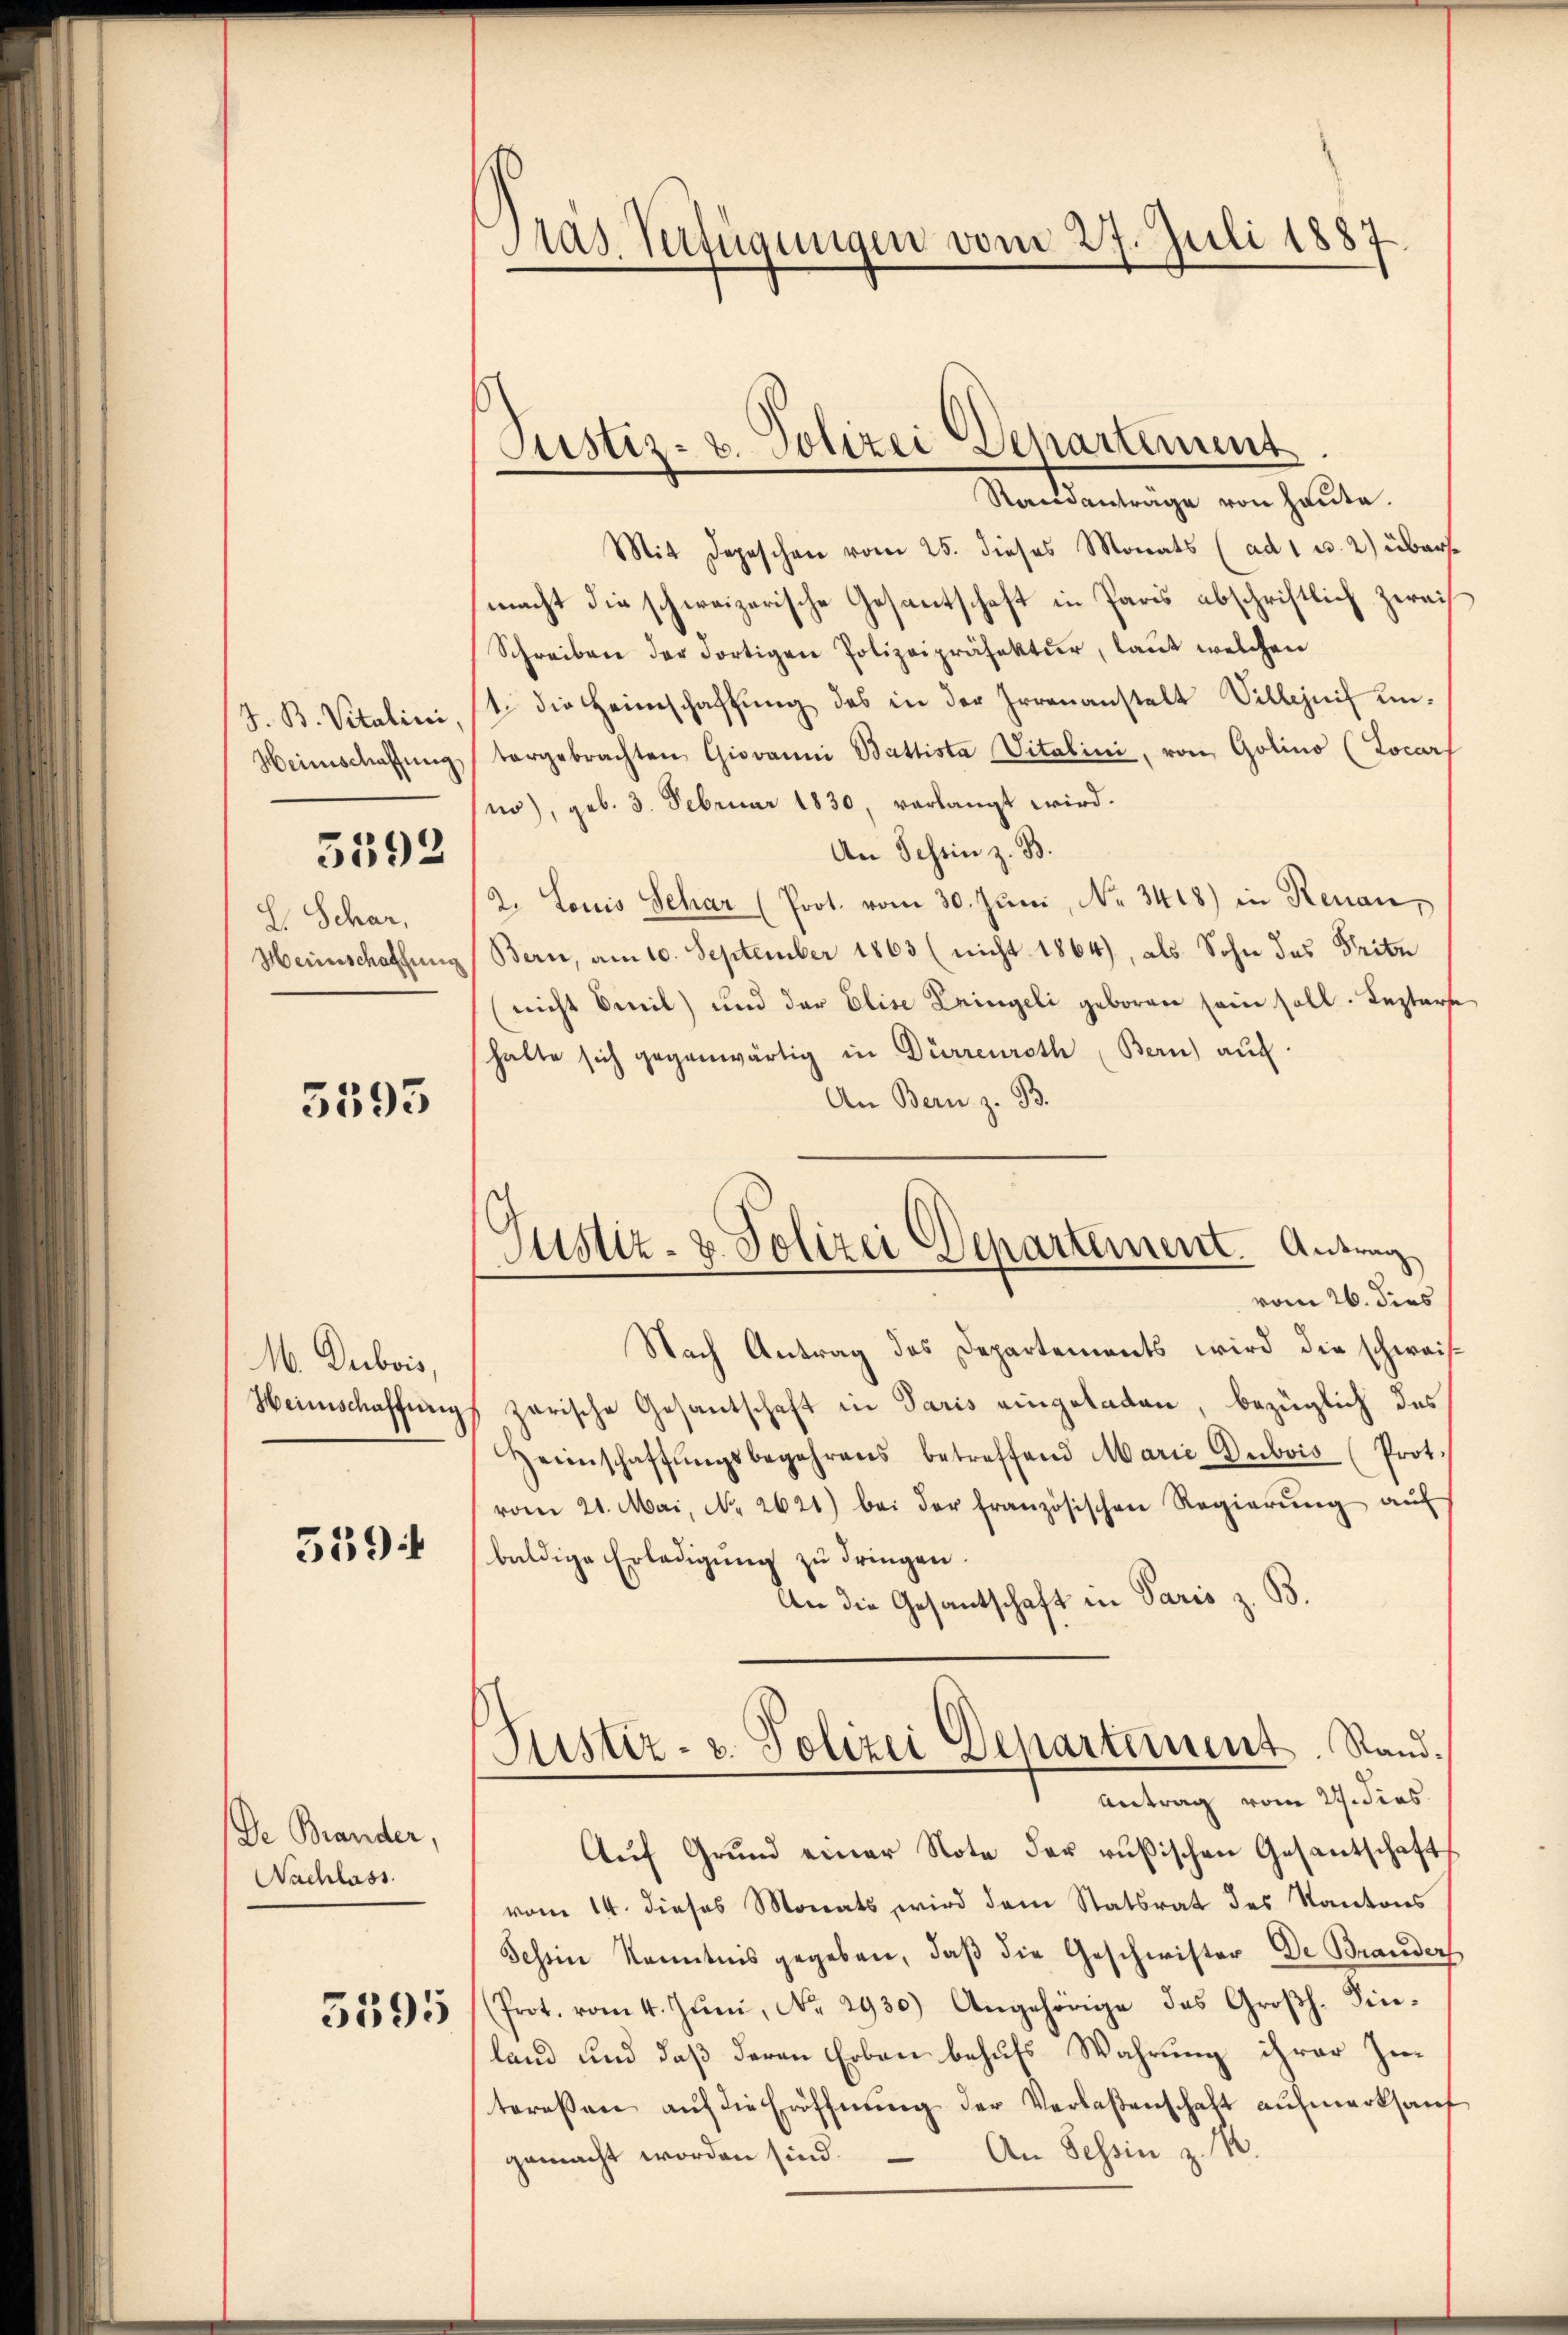
J. B. Vitalini,
Heimschaffung.

5392

S. Schar,
Heinschaffung

5395

M. Dubois,
Heimschaffung

539

De Brander,
Nachlass

5595

Pras Verfügungen vom 27. Juli 1887

Justiz- u. Polizei Separtement.

Standanträge von heute.
Mit Depeschen vom 25. dieses Monats (ad 1 u. 2) überse
macht die schweizerische Gesantschaft in Paris abschriftlich zwaih
Schreiben der dortigen Polizeipräsektŭr, laut welchen
1. die Heimschaffŭng des in der Irrenanstalt Villezŭf ŭn-
tergebrachten Giovanni Battista Vitalini, von Golino (Locar
no), geb. 3. Februar 1830, verlangt wird.
An Schein z. B.
2. Louis Schar (Prot. vom 30. Juni, No. 3418) in Renau,
Bern, am 10. September 1863 (nicht 1864), als Sohn das Tritu
nicht Emil) und der Elise Kringeli geboren sein soll. Leztere
halte sich gegenwärtig in Dürrenroth (Bern) auf
An Bern z. B.
Nach Antrag des Departements wird die schweiszarische Gesantschaft in Paris eingetaten, bezüglich des
Heimschaffŭngsbegehrens betreffend Marie Dubois (Prot.
vom 21. Mai, No. 2621) bei der französischen Regierŭng aŭf
baldige Erledigung zu dringen.
An die Gesantschaft in Paris z. B.
Justiz- u. Polizei Departement. Stand¬
Antrag vom 24. dies
Aŭf Grund einer Note der russischen Gesantschaft
vom 14. dieses Monats wird dem Statsrat des Kantons
Tessin Kenntnis gegeben, daβ die Geschwister De Brander
(Prot. vom 4. Jŭni, No. 2930.) Angehörige das Großh. Finland und daß deren Erben behufs Wahrung ihrer Intereßen auf die Eröffnung der Verlaßenschaft aufmerksauf
An Tessin z. M.
gemacht worden sind.

Justiz- & Polizei Departement. Antrag
vom 26. dies